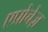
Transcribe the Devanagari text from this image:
एप्रोचेज़